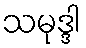
သမုဒ္ဒါ